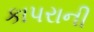
કાપરાની